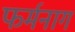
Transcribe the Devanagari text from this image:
फर्मनाग